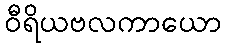
ဝီရိယဗလကာယော